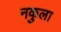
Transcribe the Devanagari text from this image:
नकुला